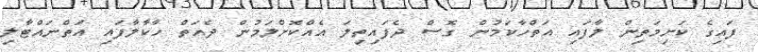
ފައިގެ ކަށިމަތިން ލާފައި އަތްހާކަމުން ގޮސް ދެފައިތިލަ އެއްކޮށްލަމުން ދެއަތް ހާކާލާފައި އަތްނައްޓާލި